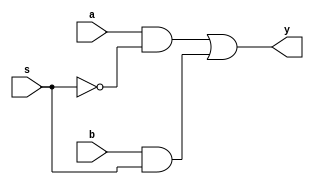
module mux2x1 (a,b,s,y);
input a,b,s;
output y;
assign y= (a&(!s))|(b&s);
endmodule